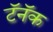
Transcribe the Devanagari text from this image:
टॅनॅक